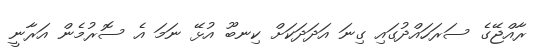
ރާއްޖޭގެ ސަރަހައްދުގައި ގިނަ އަދަދަކަށް ކިނބޫ އުޅޭ ނަމަ އެ ސޮރުމެން އަރާނީ